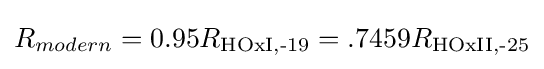
R_{modern}=0.95R_{\text{HOxI,-19}}=.7459R_{\text{HOxII,-25}}